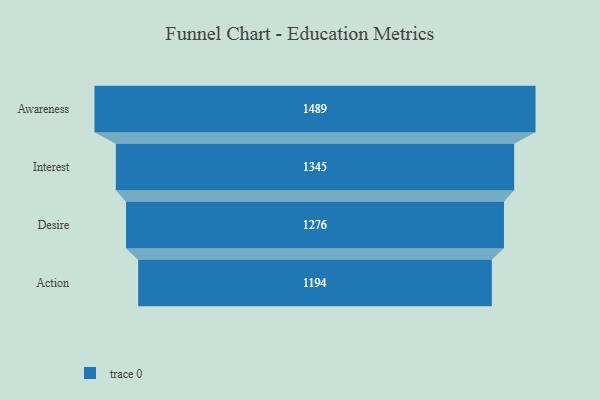
{"axis": {"x": "Stage", "y": "Value"}, "legend": [""], "data": [{"x": "Awareness", "y": 1489.0, "type": ""}, {"x": "Interest", "y": 1345.0, "type": ""}, {"x": "Desire", "y": 1276.0, "type": ""}, {"x": "Action", "y": 1194.0, "type": ""}]}